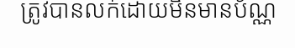
ត្រូវបានលក់ដោយមិនមានប័ណ្ណ